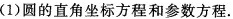
(1)圆的直角坐标方程和参数方程。